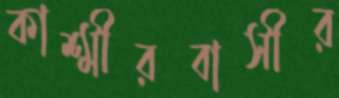
কাশ্মীরবাসীর